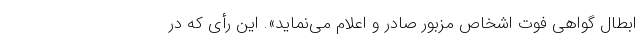
ابطال گواهی فوت اشخاص مزبور صادر و اعلام می‌نماید». این رأی که در